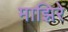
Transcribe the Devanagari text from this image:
माझिरे